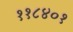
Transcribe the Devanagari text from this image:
११८४०१